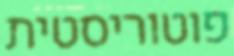
פוטוריסטית